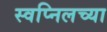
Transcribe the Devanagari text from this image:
स्वप्निलच्या